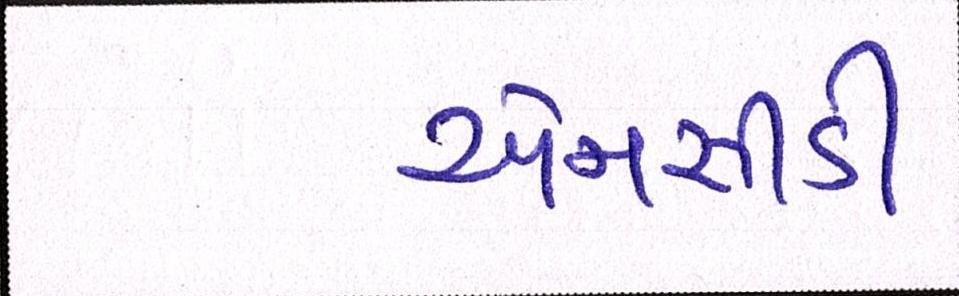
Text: એનસીડી